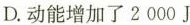
D.动能增加了2000J